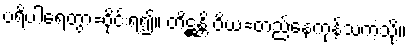
ပရိပါရေတွာ=ဝိုင်းရံ၍။ တိဋ္ဌန္တိ ဝိယ=တည်နေကုန်သကဲ့သို့။